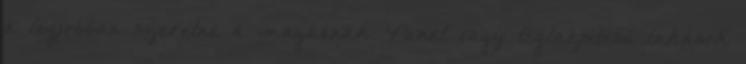
a legjobban szeretne a magáénak. Panel vagy téglaépítésű lakások